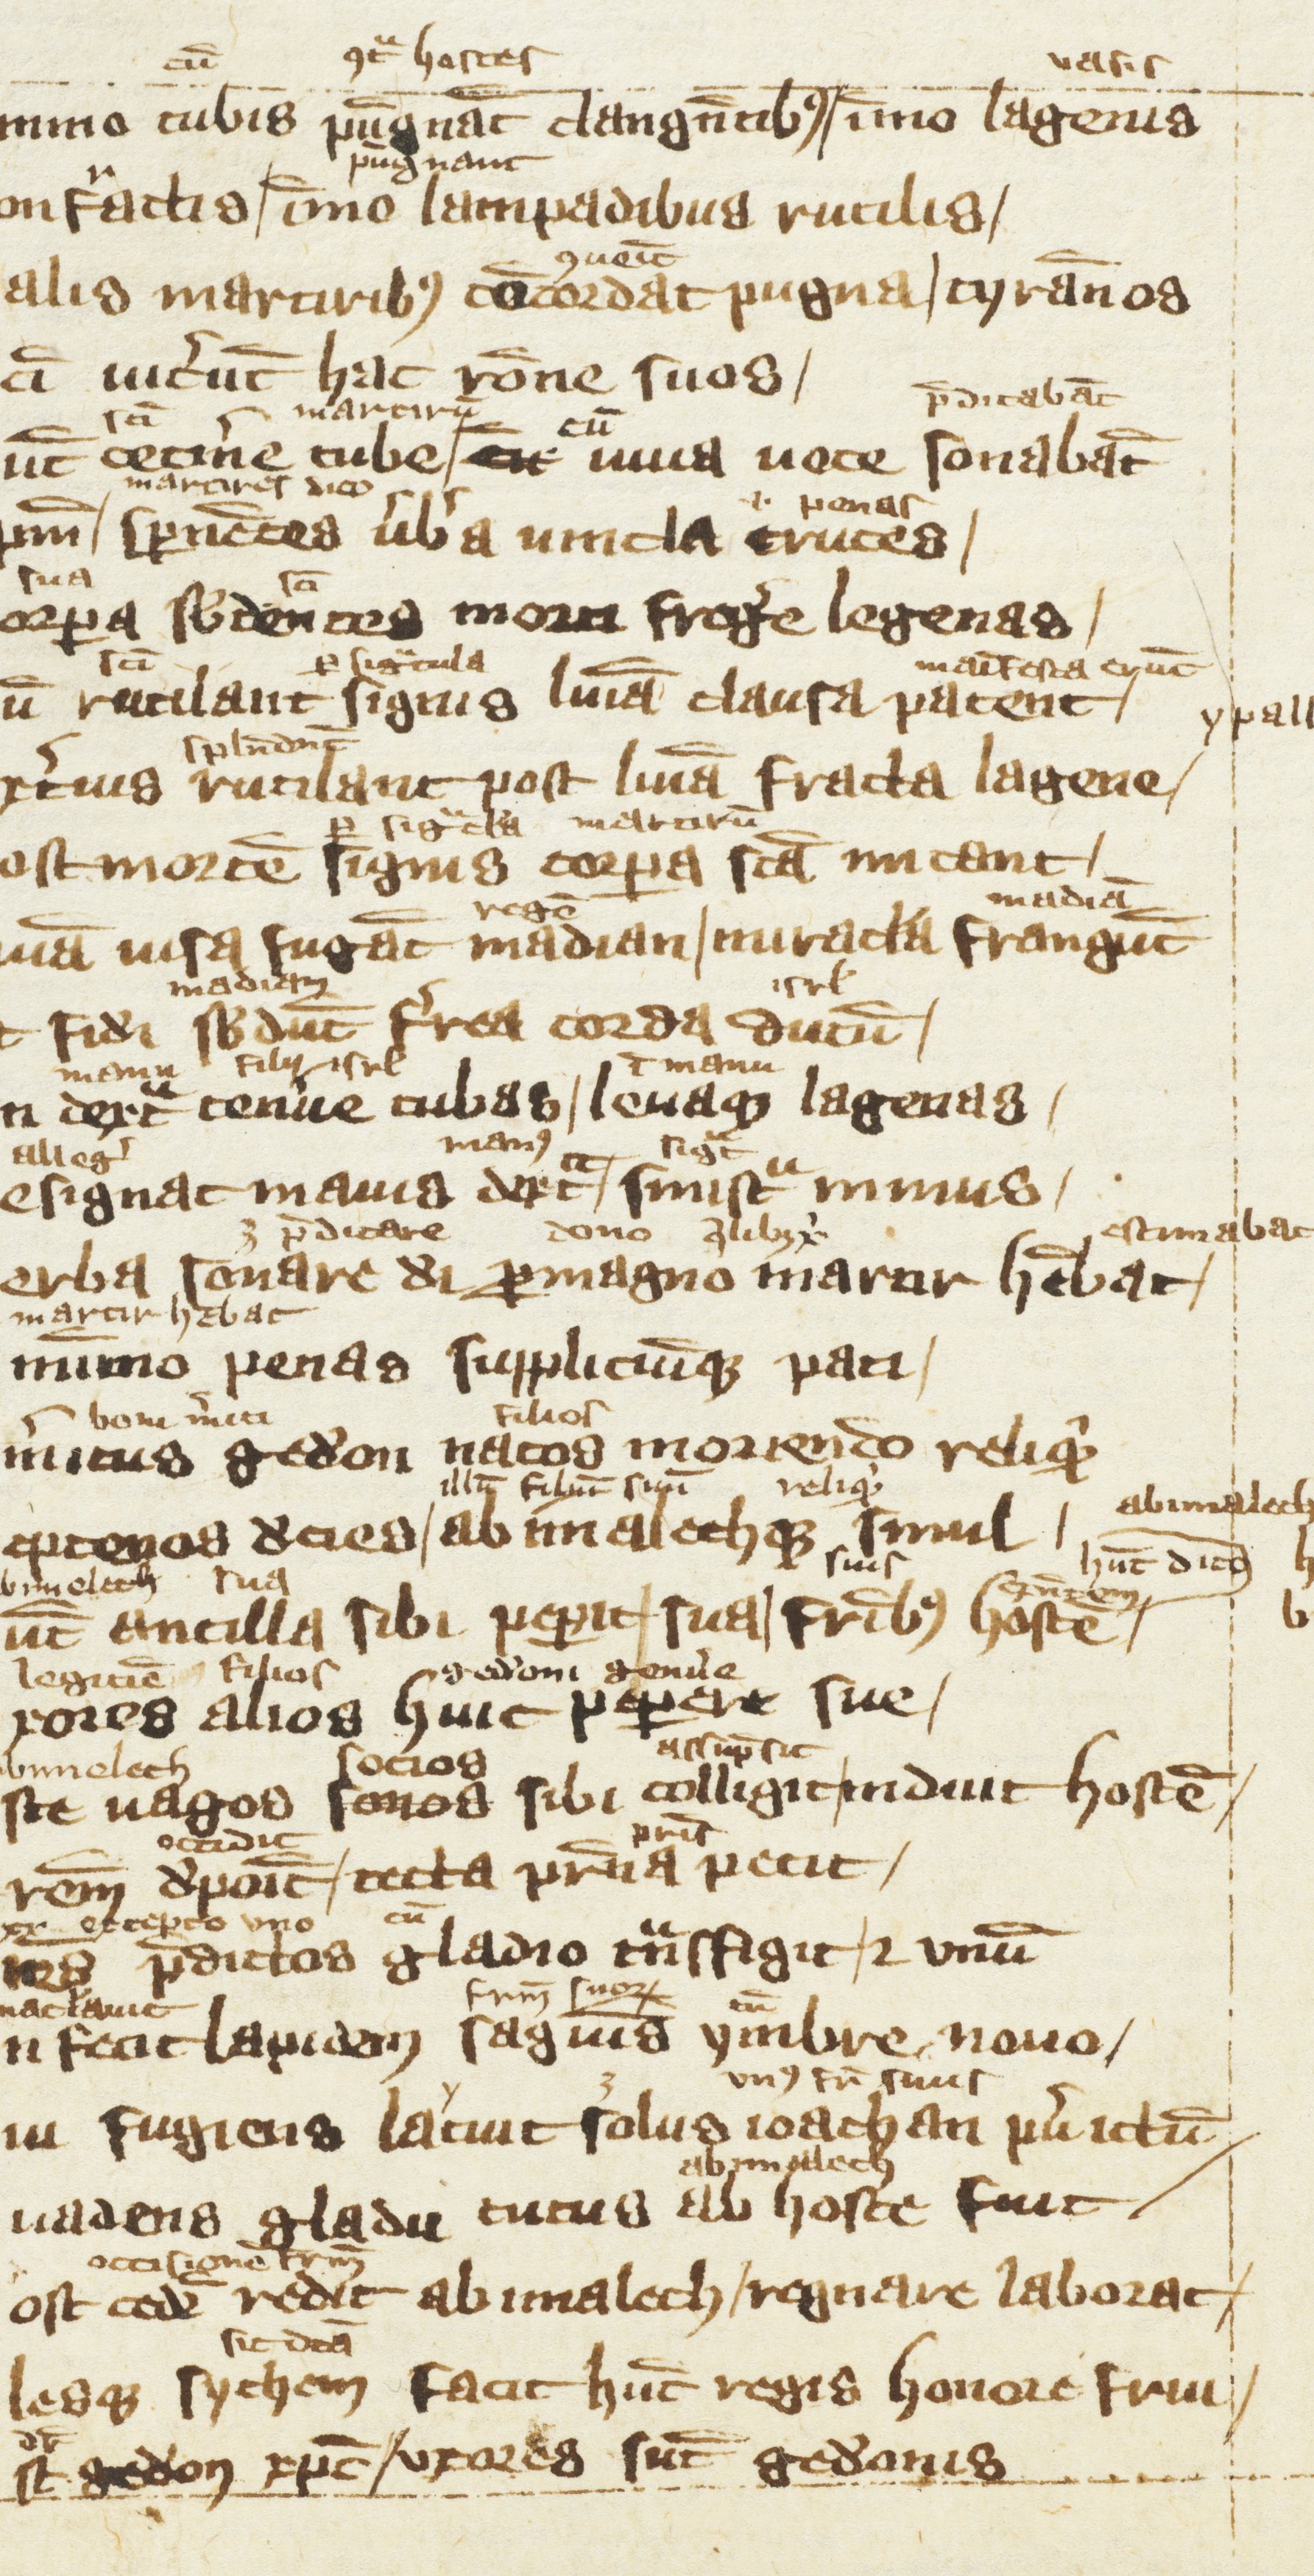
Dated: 1300–1399